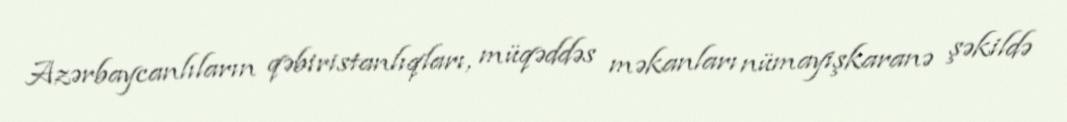
Azərbaycanlıların qəbiristanlıqları, müqəddəs məkanları nümayişkaranə şəkildə